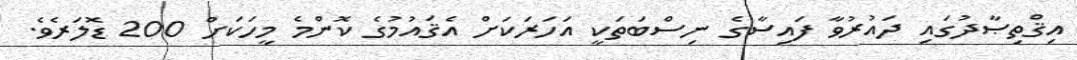
އިޤްތިޞާދުގައި ދައުރުވާ ފައިސާގެ ނިސްބަތަކީ އަހަރަކަށް އެޤައުމުގެ ކޮންމެ މީހަކަށް 200 ޑޮލަރެވެ.